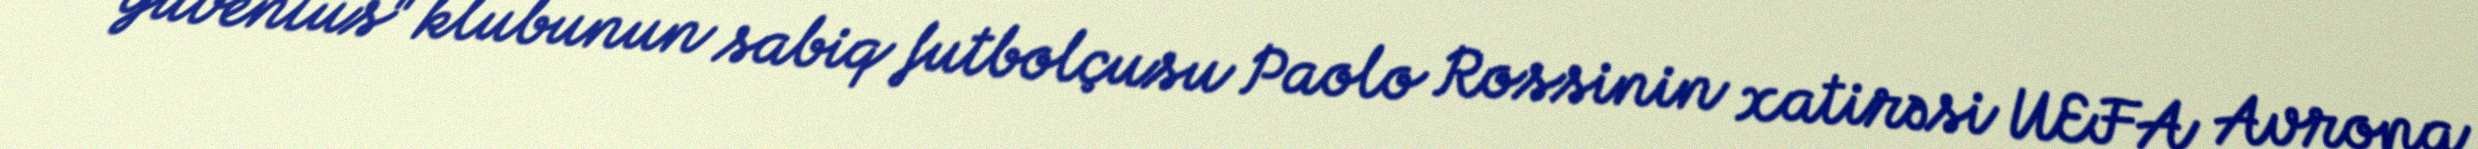
"Yuventus" klubunun sabiq futbolçusu Paolo Rossinin xatirəsi UEFA Avropa